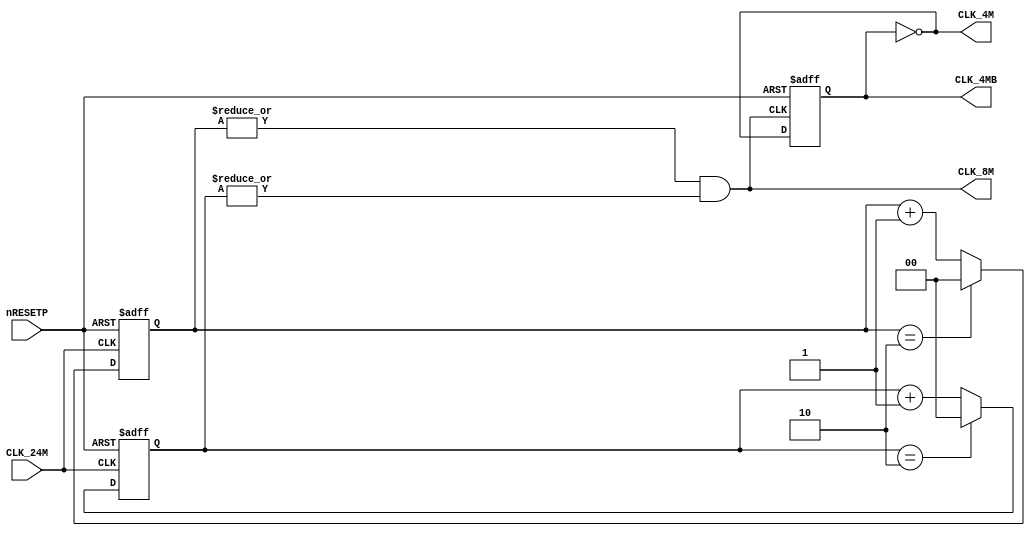
// This program was cloned from: https://github.com/neogeodev/NeoGeoFPGA-sim
// License: GNU General Public License v3.0

`timescale 1ns/1ns

module lspc2_clk(
	input CLK_24M,
	input nRESETP,
	output CLK_8M,
	output CLK_4M,
	output reg CLK_4MB
);

	reg [1:0] POS_CNT;
	reg [1:0] NEG_CNT;
	
	assign CLK_4M = ~CLK_4MB;
	
	always @(posedge CLK_24M or negedge nRESETP)
	begin
		if (!nRESETP)
			POS_CNT <= 2'b0;
		else
			POS_CNT <= (POS_CNT == 2) ? 2'b0 : POS_CNT + 1'b1;
	end

	always @(negedge CLK_24M or negedge nRESETP)
	begin
		if (!nRESETP)
			NEG_CNT <= 2'b0;
		else
			NEG_CNT <= (NEG_CNT == 2) ? 2'b0 : NEG_CNT + 1'b1;
	end
	
	assign CLK_8M = (|{POS_CNT} && |{NEG_CNT});
	
	always @(negedge CLK_8M or negedge nRESETP)
	begin
		if (!nRESETP)
			CLK_4MB <= 1'b0;
		else
			CLK_4MB = ~CLK_4MB;
	end
	
endmodule